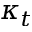
\kappa _ { t }